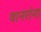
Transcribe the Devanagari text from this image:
वानरांना